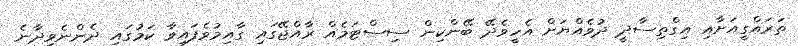
ތަރައްގީއަށާއި އިގްތިސާދީ ދުވެއްޔަށް އެހީވެދޭ ބޭންކިން ސިސްޓަމެއް ރާއްޖޭގައި ގާއިމުވެފައިވާ ކަމުގައި ދެންނެވިދާނެ